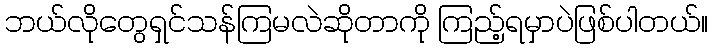
ဘယ်လိုတွေရှင်သန်ကြမလဲဆိုတာကို ကြည့်ရမှာပဲဖြစ်ပါတယ်။